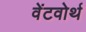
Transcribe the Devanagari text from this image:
वेंटवोर्थ